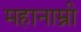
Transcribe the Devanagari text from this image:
महानाम्नी